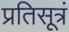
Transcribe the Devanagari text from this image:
प्रतिसूत्रं